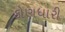
કોણધારી